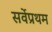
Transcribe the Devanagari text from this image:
सर्वेप्रथम